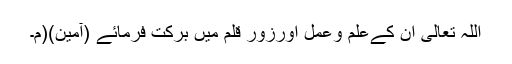
اللہ تعالیٰ ان کےعلم وعمل اورزورِ قلم میں برکت فرمائے (آمین)(م۔